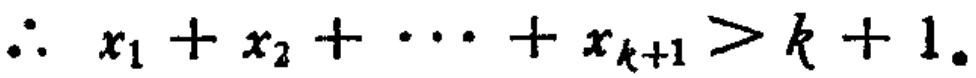
\(\therefore\ x_{1}+x_{2}+\cdots +x_{k + 1}>k + 1。\)